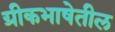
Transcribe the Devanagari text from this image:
ग्रीकभाषेतील